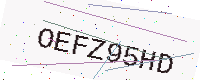
Text: OEFZ95HD